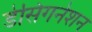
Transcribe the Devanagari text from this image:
डेसिगनेशन